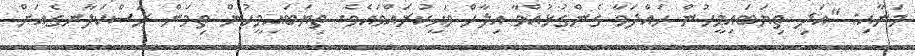
މަނާއި: "އަދި ތިޔަބައިމީހުން ހައްދަވާ ގެންގުޅުއްވާ އިލާހް ވަޙީކުރައްވައެވެ. ތިޔަބައިމީހުން ތިމަން ރަސްކަލާނގެއަށް